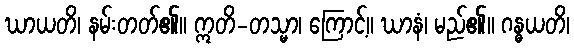
ဃာယတိ၊ နမ်းတတ်၏။ ဣတိ-တသ္မာ၊ ကြောင့်။ ဃာနံ၊ မည်၏။ ဂန္ဓယတိ၊